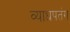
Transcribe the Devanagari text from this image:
व्याधपतंग